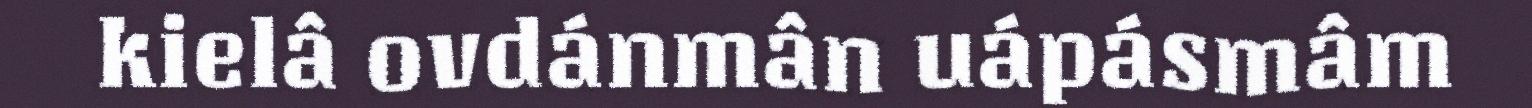
kielâ ovdánmân uápásmâm